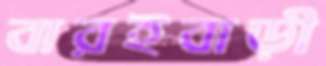
বারইবাড়ী